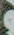
و